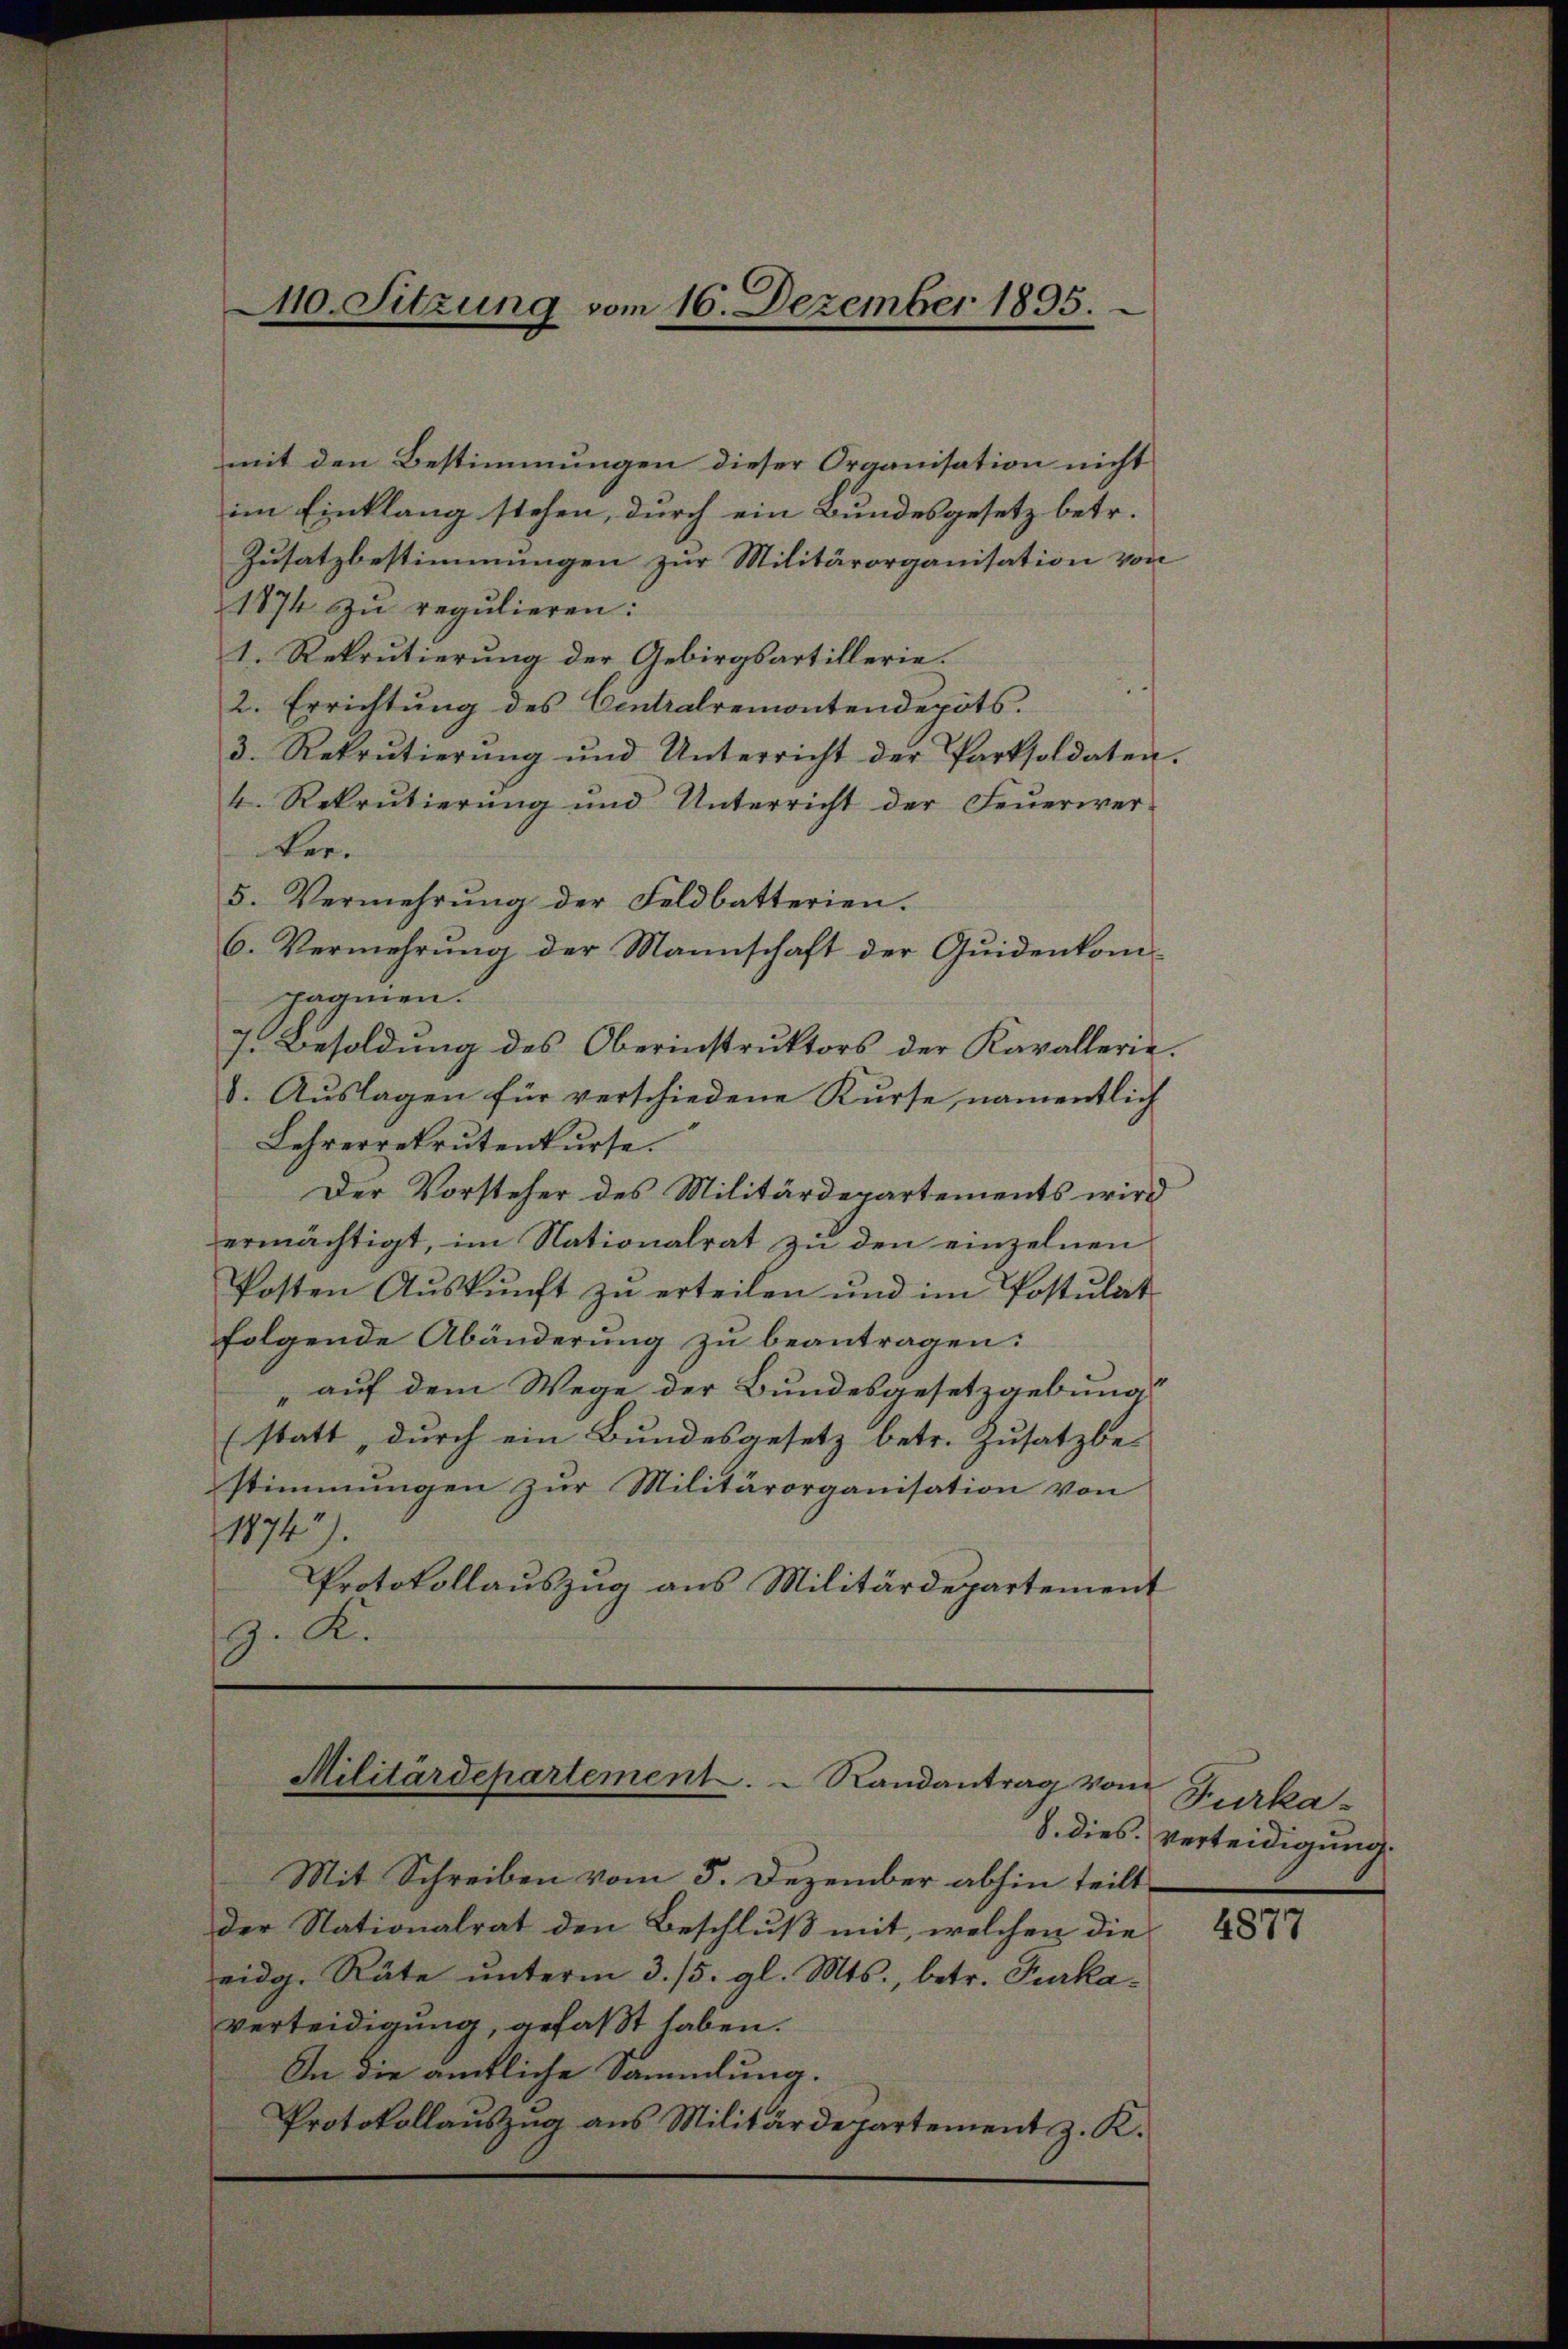
40. Sitzung vom 16. Dezember 1895.

mit den Bestimmungen dieser Organisation nicht
im Einklang stehen, durch ein Bundesgesetz betr.
Zusatzbestimmungen zur Militärorganisation von
1874 zu regulieren:
1. Rekrutierung der Gebirgsartillerie.
2. Errichtung des Centralremontendepots.
3. Rekrutierŭng und Unterricht der Parksoldaten.
4. Rekrutierŭng und Unterricht der Feŭerwer-
Ber¬
5. Vermehrŭng der Feldbatterien.
6. Vermehrung der Mannschaft der Quidenkom-
pagnien.
7. Besoldung des Oberinstruktors der Kavallerie.
8. Auslagen für verschiedene Kurse, namentlich
Lehrerrekrutenkurse.
Der Vorsteher des Militärdepartements wird
ermächtigt, im Nationalrat zu den einzelnen
Posten Auskunft zu erteilen und im Postulat
folgende Abänderung zu beantragen:
1
auf dem Wege der Bundesgesetzgebung
“
(statt, durch ein Bundesgesetz betr. Zusatzbe-
stimmungen zur Militärorganisation von
1874).
Protokollauszug aus Militärdepartement
z. K.

Militärdepartement . .  Randantrag vom

Furka-
8. dies Verteidigung.

Mit Schreiben vom 5. Dezember abhin teilt,
der Nationalrat den Beschluß mit, welchen die
eidg. Räte ŭnterm 3. 15. gl. Mts., betr. Pukaverteidigung, gefaßt haben.
In die amtliche Sammlung.
Protokollaŭszŭg ans Militärdepartement z. K.

4877